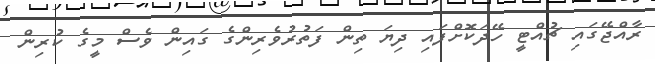
ރާއްޖޭގައި ޗުއްޓީ ހޭދަކޮށްފައި ދިޔަ ތިން ފަތުރުވެރިންގެ ގައިން ވެސް މީގެ ކުރިން